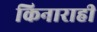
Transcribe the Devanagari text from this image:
किनाराही